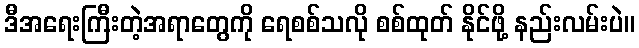
ဒီအရေးကြီးတဲ့အရာတွေကို ရေစစ်သလို စစ်ထုတ် နိုင်ဖို့ နည်းလမ်းပဲ။